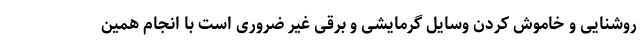
روشنایی و خاموش کردن وسایل گرمایشی و برقی غیر ضروری است با انجام همین